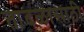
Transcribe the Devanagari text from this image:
तांदळासाठी